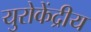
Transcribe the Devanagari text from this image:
युरोकेंद्रीय